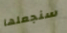
سنجعلها